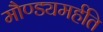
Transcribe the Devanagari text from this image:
मौण्ड्यमर्हति